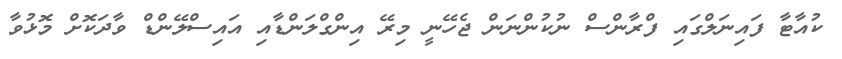
ކުއާޓާ ފައިނަލްގައި ފްރާންސް ނުކުންނަން ޖެހޭނީ މިރޭ އިންގްލަންޑާއި އައިސްލޭންޑް ވާދަކޮށް މޮޅުވާ